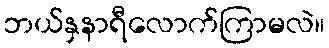
ဘယ်နှနာရီလောက်ကြာမလဲ။